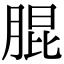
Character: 䐊